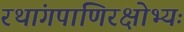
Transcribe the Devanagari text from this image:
रथांगपाणिरक्षोभ्यः